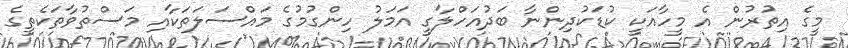
މީގެ އިތުރުން އެ މީހާއަކީ ކުޑަކުދިންނާ ބަދުއަހްލާގީ އަމަލު ހިންގުމުގެ މައްސަލަތަކާއި މަސްތުވާތަކެތީގެ